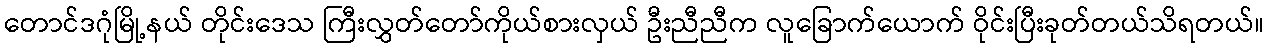
တောင်ဒဂုံမြို့နယ် တိုင်းဒေသ ကြီးလွှတ်တော်ကိုယ်စားလှယ် ဦးညီညီက လူခြောက်ယောက် ဝိုင်းပြီးခုတ်တယ်သိရတယ်။